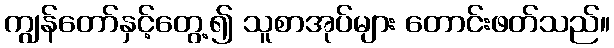
ကျွန်တော်နှင့်တွေ့၍ သူစာအုပ်များ တောင်းဖတ်သည်။